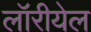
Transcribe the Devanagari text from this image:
लॉरीयेल